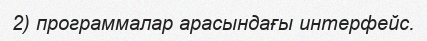
2) программалар арасындағы интерфейс.